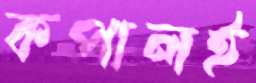
কপালই